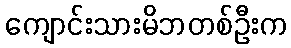
ကျောင်းသားမိဘတစ်ဦးက